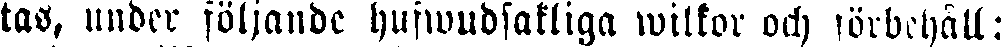
tas, under följande hufwudsakliga wilkor och förbehåll: